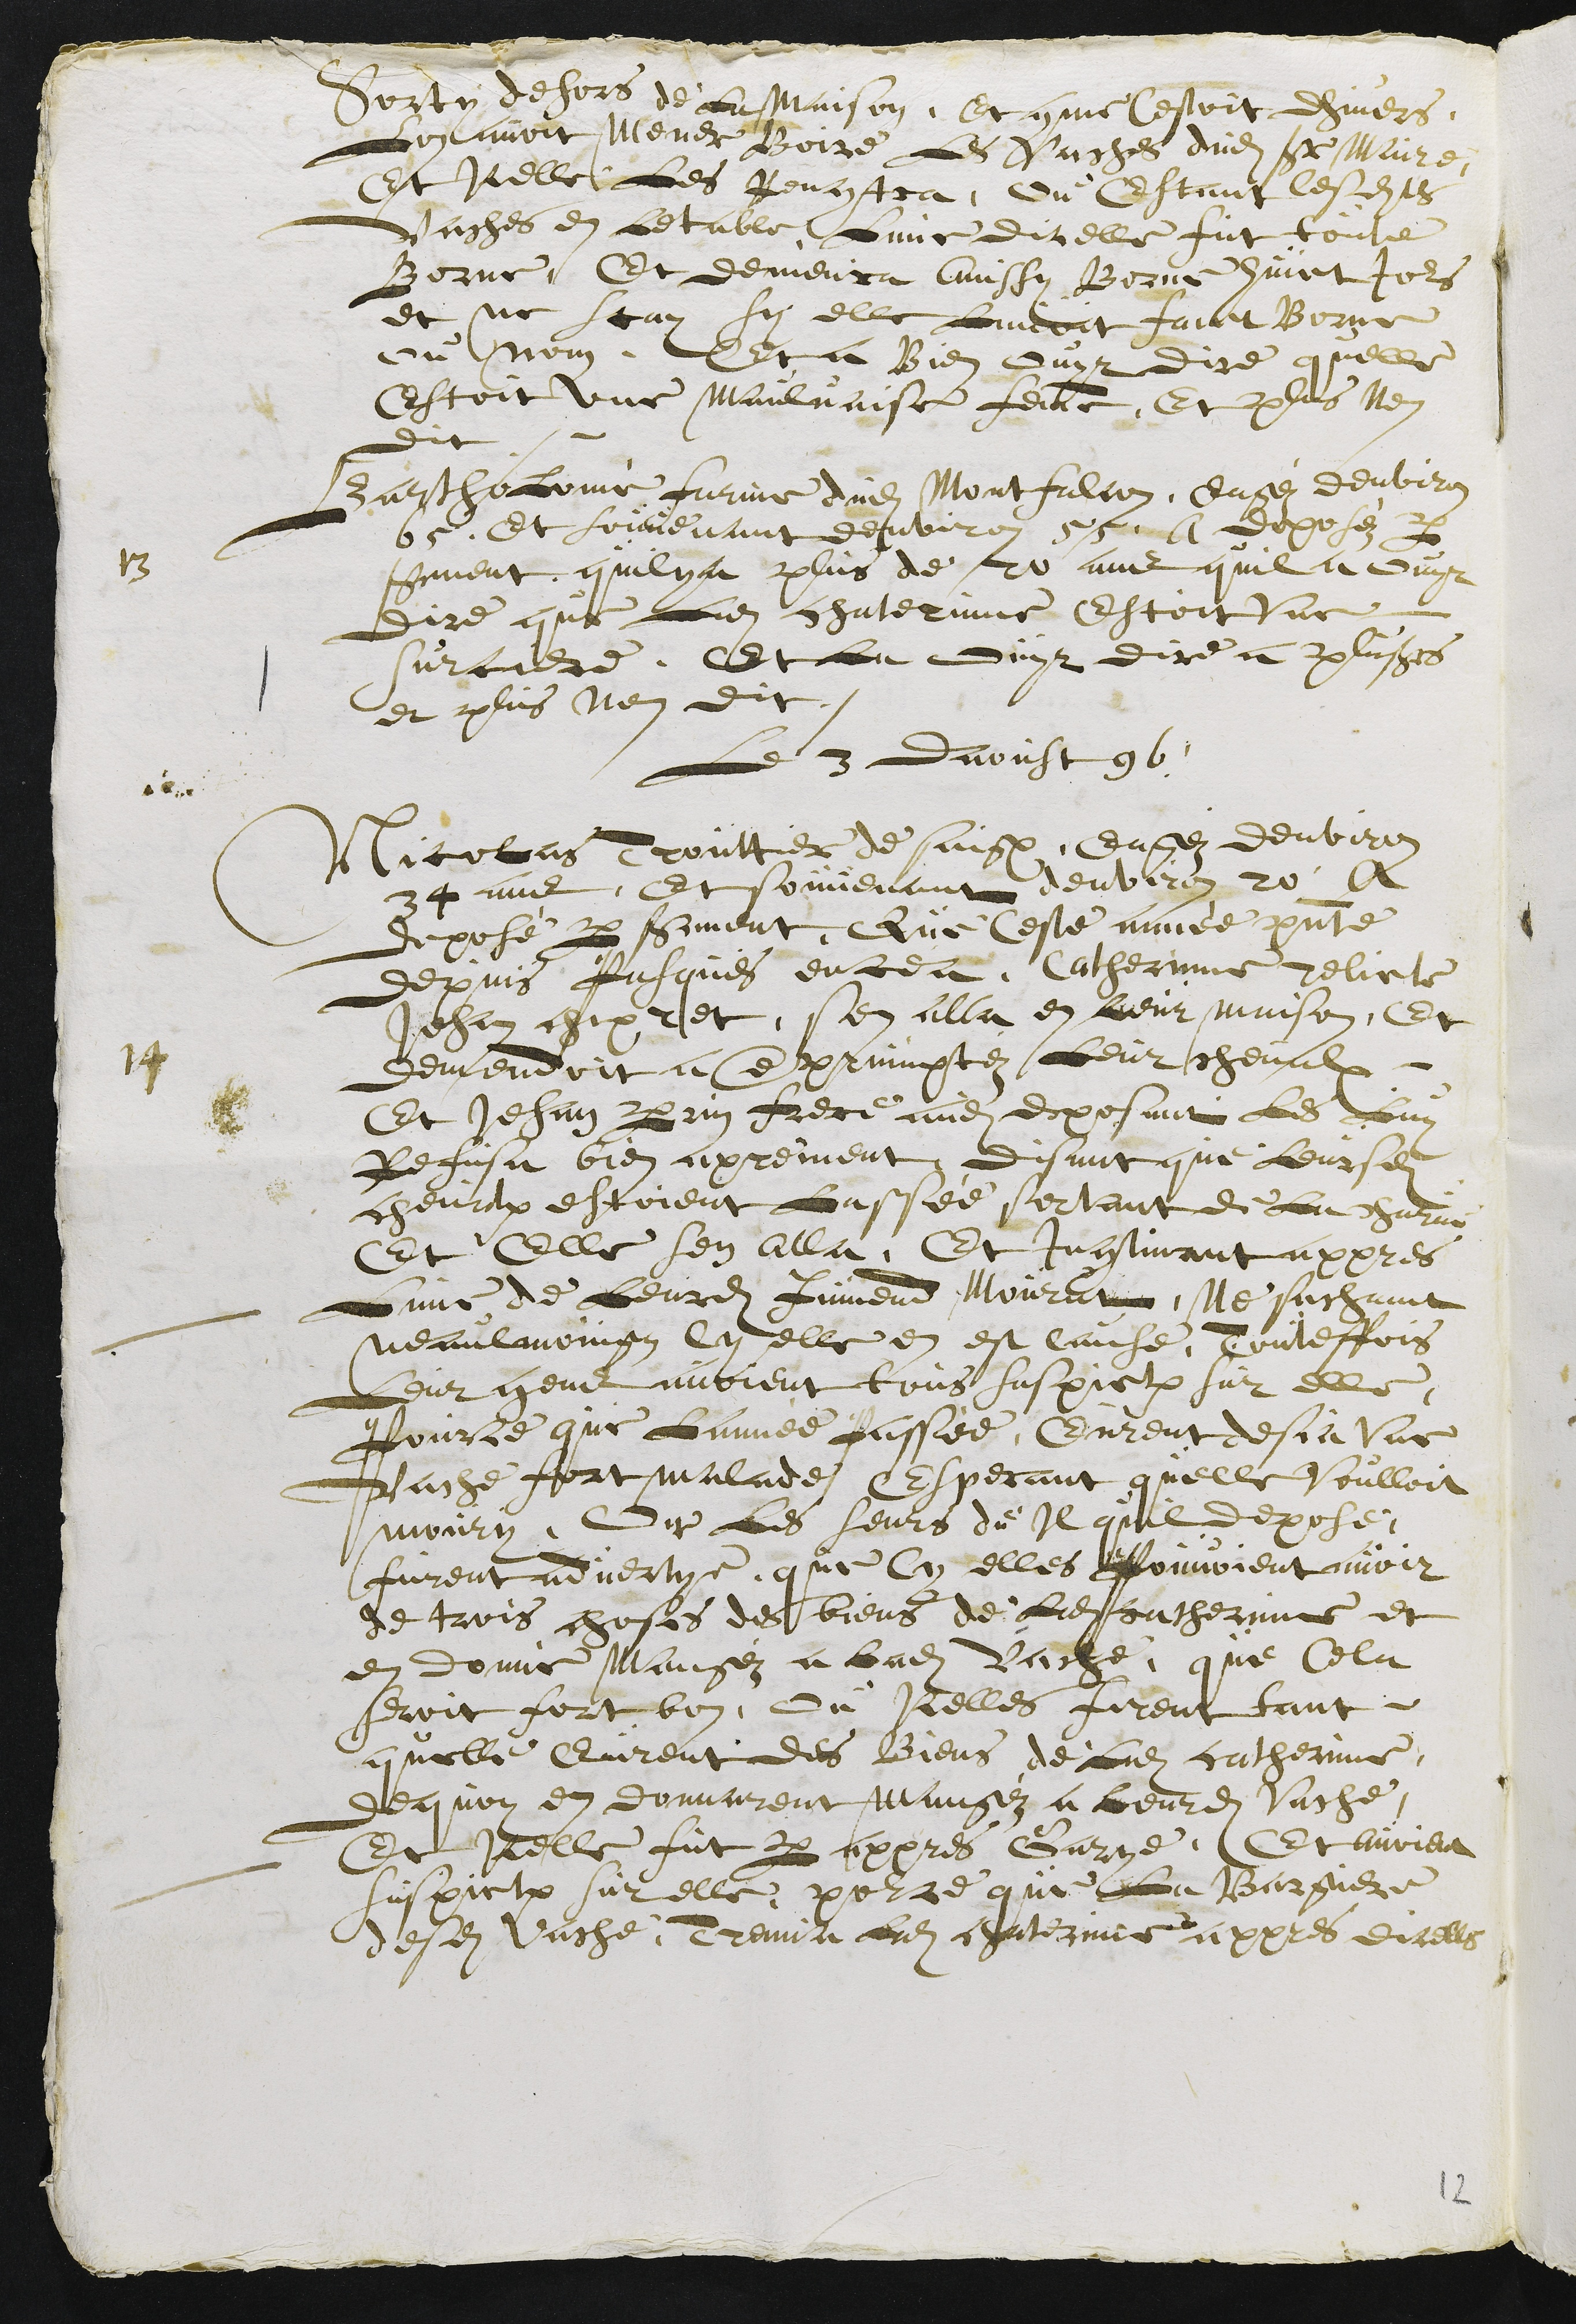
Sorty dehors de La Maison. Et comme Cestoit lhivers,
Lon avoit Mener Boire Les Vaches dudit Sieur Maire,
Et Icelle Les Rencontra, Ou Estant lesdites
Vaches en Letable, Lune dit elle fut toute
Borne, Et demeura aussy Borne huict Jours
et ne scay si elle Lavoit faict Borne
ou non. Et a Bien ouyt dire quelle
Estoit une maulvaise femme, Et plus Nen
dit.
13
Bartholomé Farine dudit Montfalcon, Eagéz denviron
65. Et souvenant denviron 55. A deposéz par
serment quil y a plus de 20 ans quil a ouyt
dire que Ladite chaterinne Estoit une
surciere. Et La ouyt dire a plusieurs
et plus Nen dit.
Le 3 daoust 96
14
Nicolas Trouttier de Saignelégier, Eagéz denviron
34 ans, et souvenant denviron 20, A
deposé par serment, Que Ceste année présente
depuis Pasques encea, Catherinne relicte
Jehan chipret, sen alla en Leur maison, Et
demendoit a emprumptéz Leur chevalx
Et Jehan Perrin frere audit deposant les Luy
Refusa bien aprement, disant que Leursdits
chevalx estoient lassée sortant de la charue
Et Elle sen alla, Et Incontinant appres
Lune de Leursdites Jumend Mourut, Ne sachant
neaulmoingz Cy elle en est cause, Touteffois
Leur gens avoient tous suspiction sur elle,
pource que Lannée Passée, Eurent desja une
Vache fort malade Esperant quelle voulloit
moury, Or Les seurs de Il quil depose
furent advertye, que Cy elles Pouvoient avoir
de trois choses des biens de Ladite catherinne et
en donné Mangéz a Ladite Vache, que Cela
seroit fort bon. Ou Icelles firent tant
quelle Eurent des Biens de Ladite catherinne,
de quoy en donnarent mangéz a leurdite Vache,
Et Icelle fut par appres Garye, Et avoient
suspiction sur elle, pource que La Bargiere
desdites Vache, treuva Ladite chaterinne appres dicelles